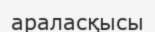
араласқысы